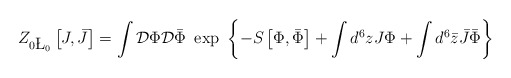
\begin{align*}Z_{0\L_0}\left[J,\bar{J}\right]=\int {\cal D}\Phi {\cal D}\bar{\Phi}~\exp\ \left\{-S\left[\Phi,\bar{\Phi}\right] + \int d^6 z J \Phi +\int d^6 \bar{z} \bar{J} \bar{\Phi}\right\}\end{align*}